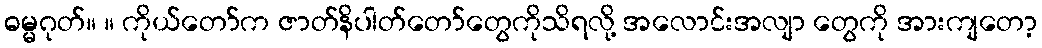
ဓမ္မဂုတ်။ ။ ကိုယ်တော်က ဇာတ်နိပါတ်တော်တွေကိုသိရလို့ အလောင်းအလျာ တွေကို အားကျတော့